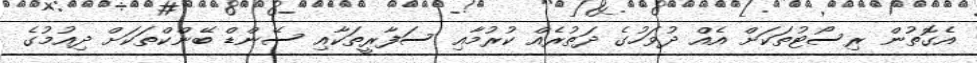
އެގޮތުން ރިސޯޓުތަކަށް އެއް ދުވަހުގެ ދަތުރެއް ކުރުމާއި ސަފާރީތަކާއި ސޭންޑް ބޭންކްތަކަށް ދިއުމުގެ